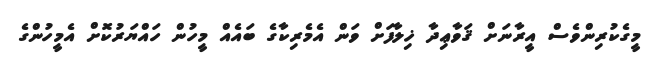
މީގެކުރިންވެސް އީރާނަށް ޤަވާޢިދާ ޚިލާފަށް ވަން އެމެރިކާގެ ބައެއް މީހުން ހައްޔަރުކޮށް އެމީހުންގެ